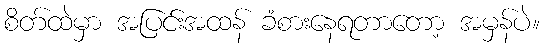
စိတ်ထဲမှာ အပြင်းအထန် ခံစားနေရတာတော့ အမှန်ပဲ။